Civil Veterinary Dept. Bombay admin report 1932-41 - 1932-1941
Year: 1932
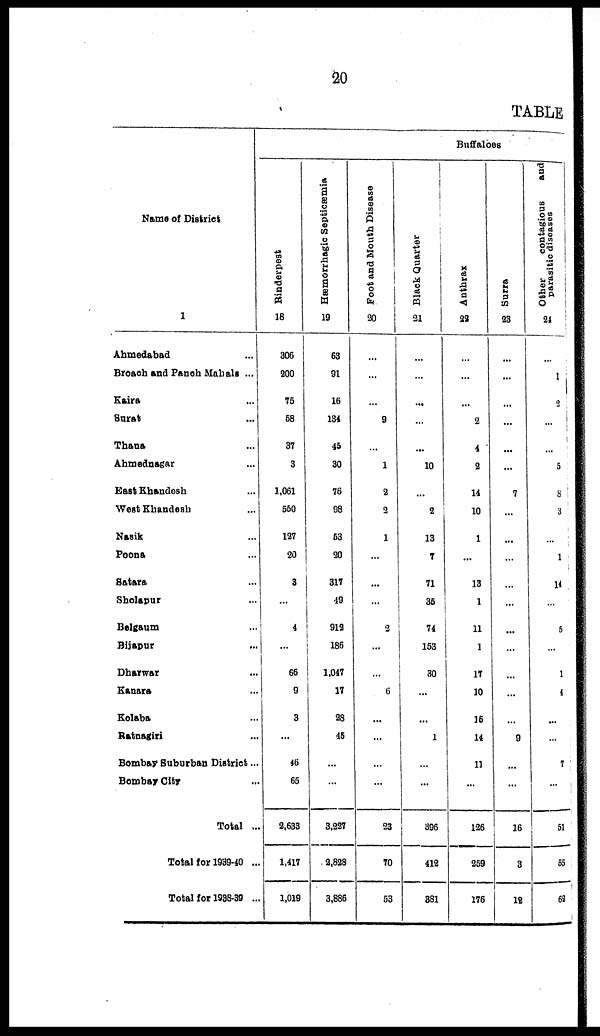
20
TABLE
Name of District
1
Ahmedabad ...
Broach and Panch Mahals ...
Kaira ...
Surat ...
Thana ...
Ahmednagar ...
East Khandesh ...
West Khandesh ...
Nasik ...
Poona ...
Satara ...
Sholapur
...
Belgaum
...
Bijapur
...
Dharwar ...
Kanara ...
Kolaba ...
Ratnagiri ...
Bombay Suburban District...
Bombay City ...
Total ...
Total for 1939-40 ...
Total for 1938-39 ...
Buffaloes
Rinderpest
18
306
200
75
58
37
3
1,061
550
127
20
3
...
4
...
66
9
3
...
46
65
2,633
1,417
1,019
Hæmorrhagic Septicæmia
19
63
91
16
134
45
30
76
98
63
20
317
49
912
186
1,047
17
28
45
...
...
3,227
2,828
3,886
Foot and Mouth Disease
20
...
...
...
9
...
1
2
2
1
...
...
...
2
...
...
6
...
...
...
...
23
70
53
Black Quarter
21
...
...
...
...
...
10
...
2
13
7
71
35
74
153
30
...
...
1
...
...
396
412
381
Anthrax
22
...
...
...
2
4
2
14
10
1
...
13
1
11
1
17
10
15
14
11
...
126
259
176
Surra
23
...
...
...
...
...
...
7
...
...
...
...
...
...
...
...
...
...
9
...
...
16
3
12
Other
contagious
and
parasitic diseases
24
...
1
2
...
...
5
8
3
...
1
14
...
5
...
1
4
...
...
7
...
51
55
62